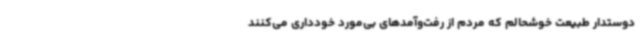
دوستدار طبیعت خوشحالم که مردم از رفت‌وآمدهای بی‌مورد خودداری می‌کنند